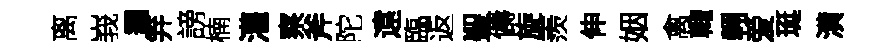
离峩靄笄謗楠灌察斧陀遠臨返聖儔旋羨伸姻禽輙翱爱珽潢